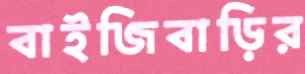
বাইজিবাড়ির